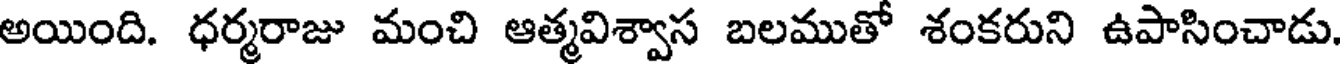
అయింది. ధర్మరాజు మంచి ఆత్మవిశ్వాస బలముతో శంకరుని ఉపాసించాడు.